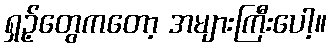
ရှဉ့်တွေကတော့ အများကြီးပေါ့။